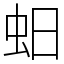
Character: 蚎